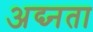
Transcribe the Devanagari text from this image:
अद्य्नता